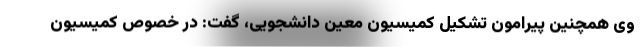
وی همچنین پیرامون تشکیل کمیسیون معین دانشجویی، گفت: در خصوص کمیسیون